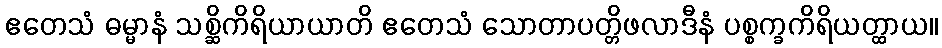
ဧတေသံ ဓမ္မာနံ သစ္ဆိကိရိယာယာတိ ဧတေသံ သောတာပတ္တိဖလာဒီနံ ပစ္စက္ခကိရိယတ္ထာယ။